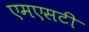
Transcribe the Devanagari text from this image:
एमएसटी